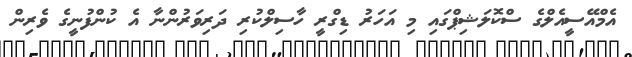
އެމްއޭސީއެލްގެ ސްކޮލަޝިޕްގައި މި އަހަރު ޑިގްރީ ހާސިލްކުރި ދަރިވަރުންނާ އެ ކުންފުނީގެ ވެރިން